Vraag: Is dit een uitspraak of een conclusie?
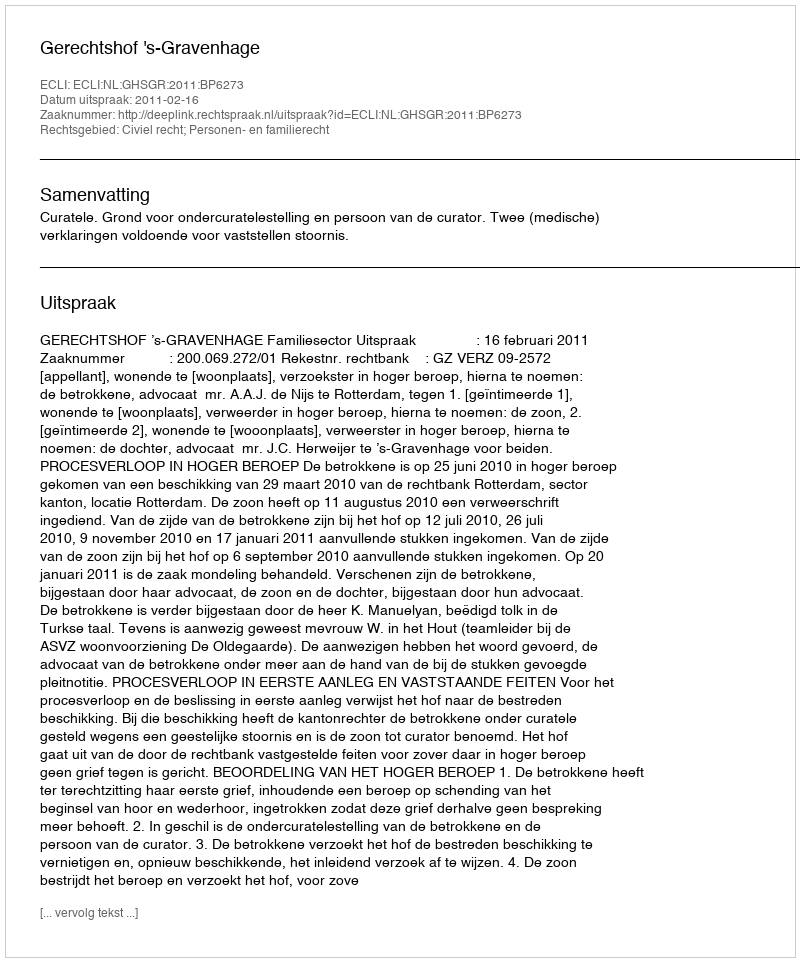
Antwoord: Uitspraak